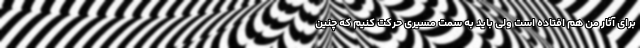
برای آثار من هم افتاده است ولی باید به سمت مسیری حرکت کنیم که چنین